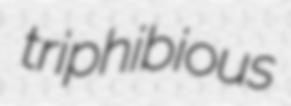
triphibious